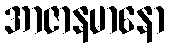
အာဇာနမာနော